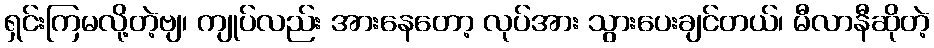
ရှင်းကြမလို့တဲ့ဗျ၊ ကျုပ်လည်း အားနေတော့ လုပ်အား သွားပေးချင်တယ်၊ မီလာနီဆိုတဲ့